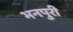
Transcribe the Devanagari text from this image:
भनपुरी